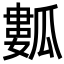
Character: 𤬏